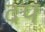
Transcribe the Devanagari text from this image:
दप